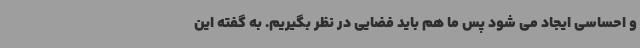
و احساسی ایجاد می شود پس ما هم باید فضایی در نظر بگیریم. به گفته این